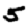
Digit: 5